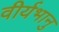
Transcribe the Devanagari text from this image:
वीर्यभानु